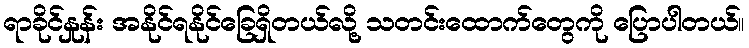
ရာခိုင်နှုန်း အနိုင်ရနိုင်ခြေရှိတယ်လို့ သတင်းထောက်တွေကို ပြောပါတယ်။